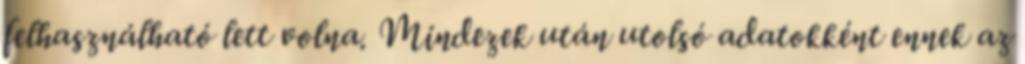
felhasználható lett volna. Mindezek után utolsó adatokként ennek az